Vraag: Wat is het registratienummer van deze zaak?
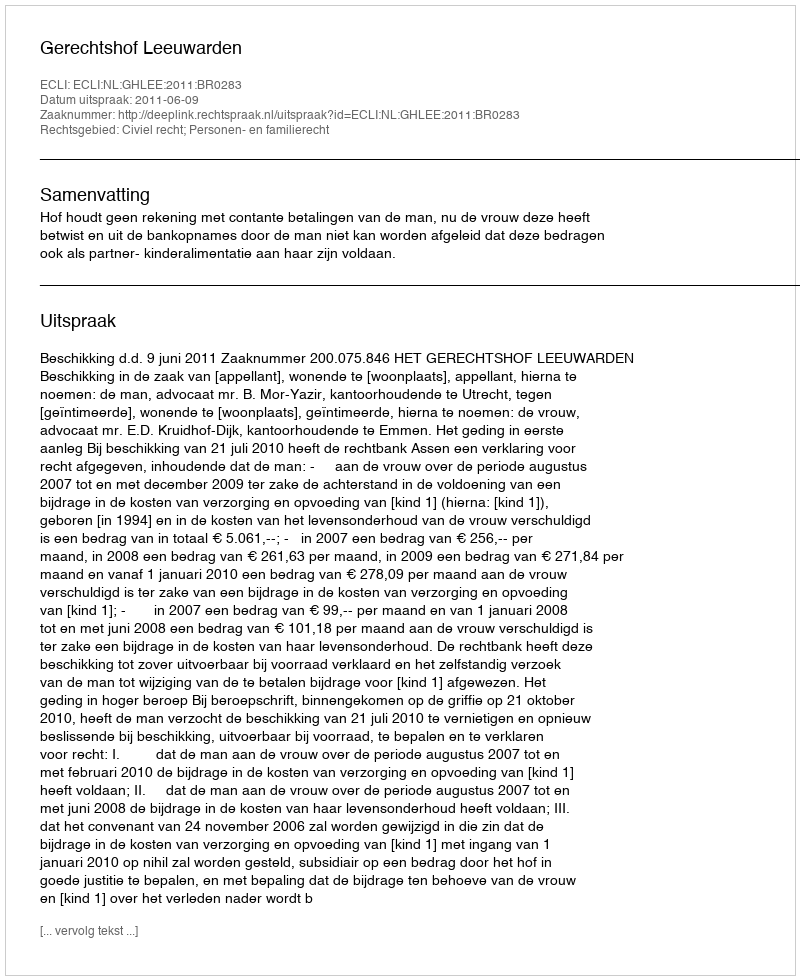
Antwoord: http://deeplink.rechtspraak.nl/uitspraak?id=ECLI:NL:GHLEE:2011:BR0283